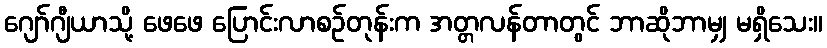
ဂျော်ဂျီယာသို့ ဖေဖေ ပြောင်းလာစဉ်တုန်းက အတ္တလန်တာတွင် ဘာဆိုဘာမျှ မရှိသေး။